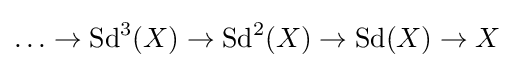
\ldots \rightarrow \operatorname {Sd} ^{3}(X)\rightarrow \operatorname {Sd} ^{2}(X)\rightarrow \operatorname {Sd} (X)\rightarrow X